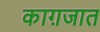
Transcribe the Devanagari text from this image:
काग़जात